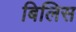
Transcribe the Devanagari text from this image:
बिलिस